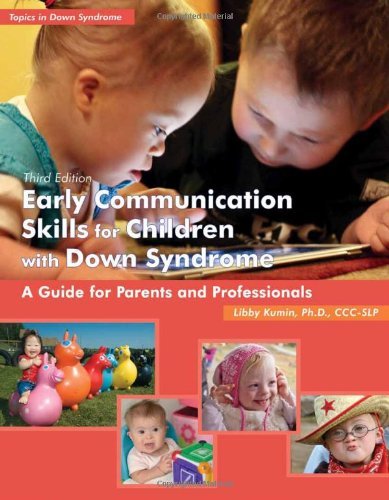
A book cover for By Libby Kumin - Early Communication Skills for Children with Down Syndrome: A Guide for Parents & Professionals (Topics in Down Syndrome) (3rd Revised edition) (6.1.2012); Libby Kumin; Health, Fitness & Dieting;